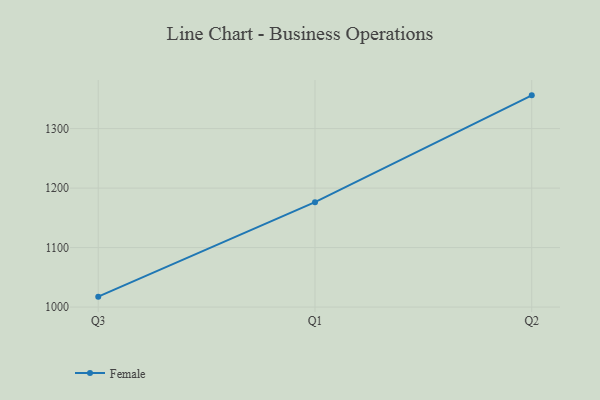
{"axis": {"x": "Quarter", "y": "Humidity (%)"}, "legend": ["Female"], "data": [{"x": "Q3", "y": 1017.5, "type": "Female"}, {"x": "Q1", "y": 1176.3, "type": "Female"}, {"x": "Q2", "y": 1355.9, "type": "Female"}]}